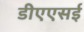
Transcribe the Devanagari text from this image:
डीएएसई